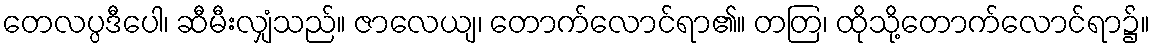
တေလပ္ပဒီပေါ၊ ဆီမီးလျှံသည်။ ဇာလေယျ၊ တောက်လောင်ရာ၏။ တတြ၊ ထိုသို့တောက်လောင်ရာ၌။